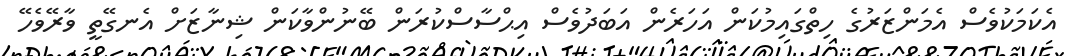
އެކަމަކުވެސް އެމަންޒަރުގެ ހިތްގައިމުކަން އަހަރެން އަބަދުވެސް އިޙްސާސްކުރަން ބޭނުންވާކަން ޝިނާޒަށް އެނގޭތީ ވާރޭވެހޭ